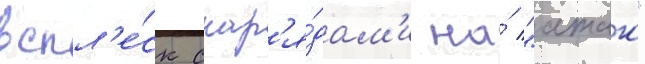
вспл'е́ск снар'я́дам'и на́ "атаго"